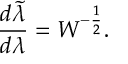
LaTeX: { \frac { d \tilde { \lambda } } { d \lambda } } = { \cal W } ^ { - { \frac { 1 } { 2 } } } .